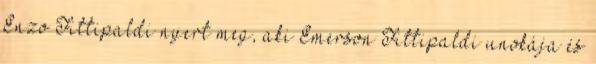
Enzo Fittipaldi nyert meg, aki Emerson Fittipaldi unokája és